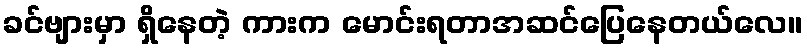
ခင်ဗျားမှာ ရှိနေတဲ့ ကားက မောင်းရတာအဆင်ပြေနေတယ်လေ။